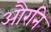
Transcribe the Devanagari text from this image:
औरनि